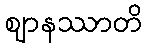
ဈာနဿာတိ